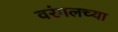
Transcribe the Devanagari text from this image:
वरंगलच्या